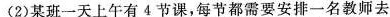
(2)某班一天上午有4节课，每节都需要安排一名教师去